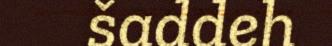
šaddeh